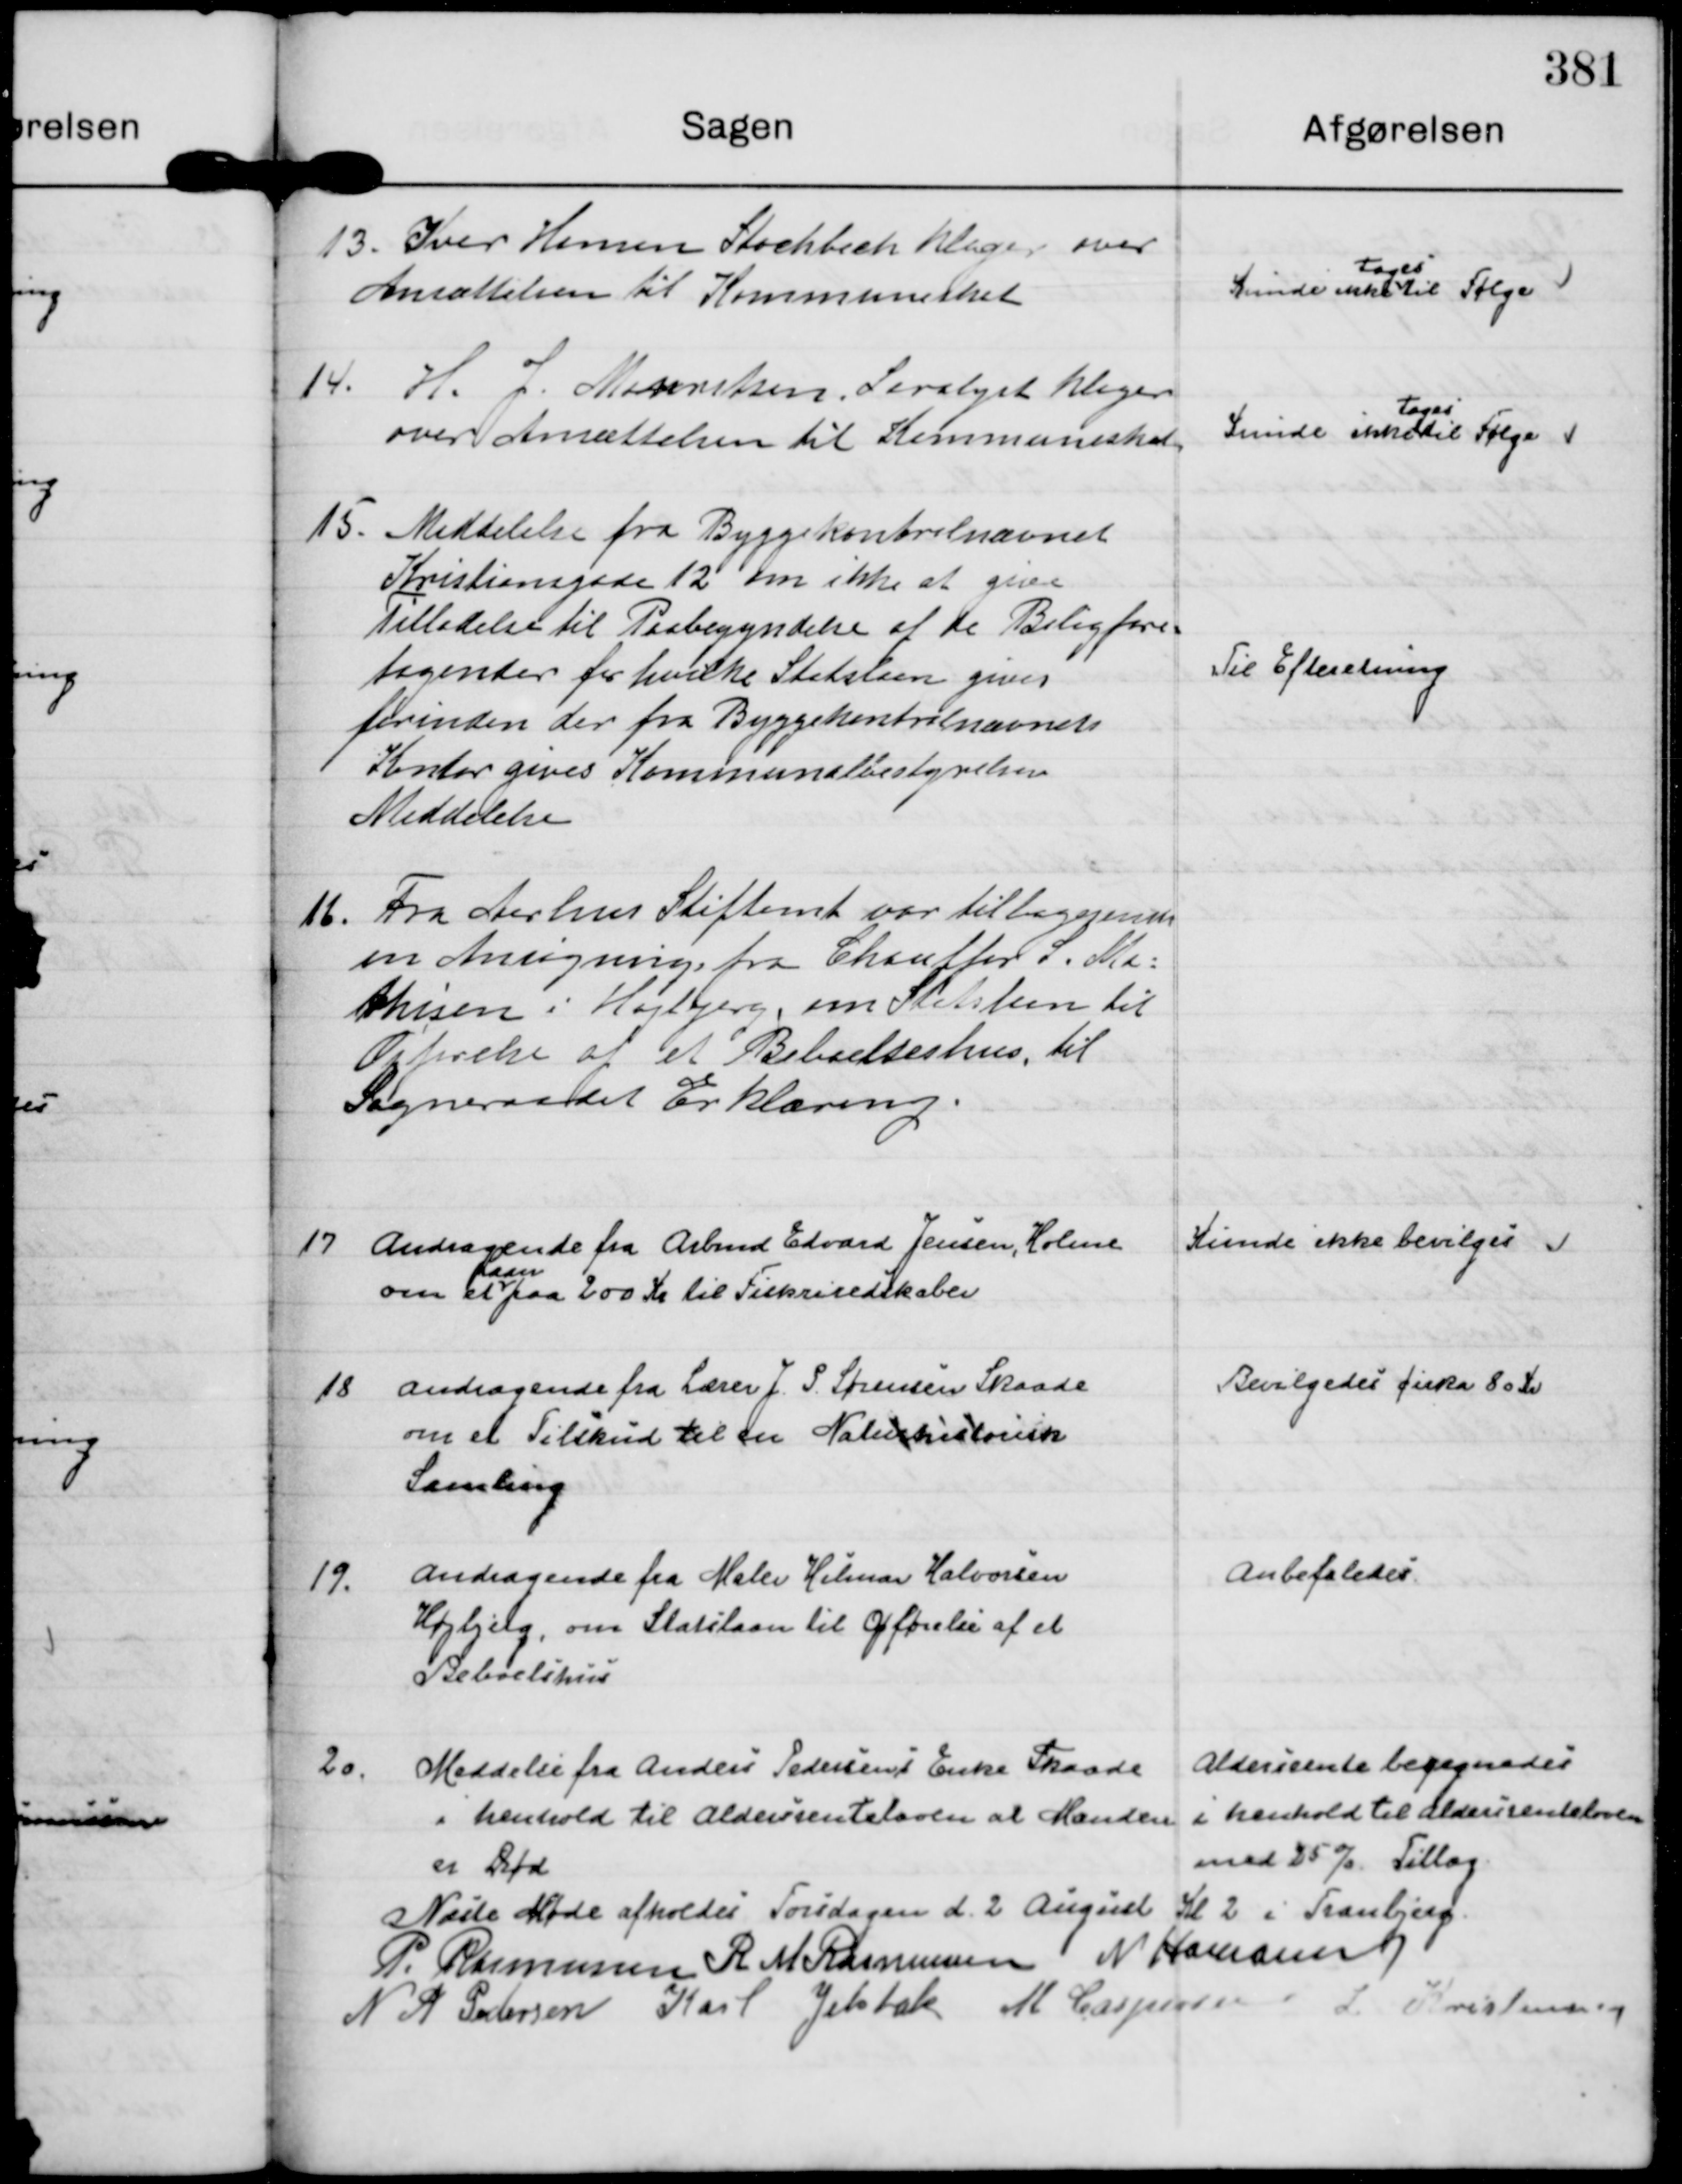
Transskription:
13.
Iver Hansen Stochbech klager over
Ansættelsen til Kommuneskat

Kunde ikke
tages
til Følge

14.
H. J. Mouritsen, Saralyst klager
over Ansættelsen til Kommuneskat

Kunde ikke
tages
til Følge

15.
Meddelelse fra Byggekontrolnævnet
Kristiansgade 12 om ikke at give
Tilladelse til Paabegyndelse af de Boligfore=
tagender for hvilke Statslaan gives
forinden der fra Byggekontrolnævnets
Kontor gives Kommunalbestyrelsen
Meddelelse

Til Efteretning

16.
Fra Aarhus Stiftamt var tilbagesendt
en Ansøgning fra Chauffør S. Ma=
thisen i Højbjerg, om Statslaan til
Opførelse af et Beboelseshus, til
Sogneraadets Erklæring.

17
Andragende fra Arbmd Edvard Jensen, Holme
om et
Laan
paa 200 Kr til Fiskriedskaber

Kunde ikke bevilges

18
Andragende fra Lærer J. P. Sørensen Skaade
om et Tilskud til en Naturhistorisk
Samling

Bevilgedes cirka 80 Kr

19.
Andragende fra Maler Hilmar Halvorsen
Højbjerg, om Statslaan til Opførelse af et
Beboelshus

Anbefales.

20.
Meddelse fra Anders Pedersens Enke Skaade
i henhold til Aldersrenteloven at Manden
er Død

Aldersrente beregnedes
i henhold til aldersrenteloven
med 25% Tillæg.

Næste Møde afholdes Torsdagen d. 2 August Kl 2 i Tranbjerg.
P. Rasmussen
R M Rasmussen
N Hamann
N A Pedersen
Karl Jelsbak
M Caspersen
L Kristensen